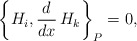
\begin{align*}\left\{ H_i , \frac{d}{d x} \, H_k \right\}_P = 0,\end{align*}